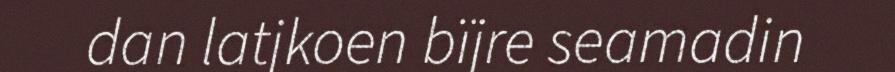
dan latjkoen bïjre seamadin